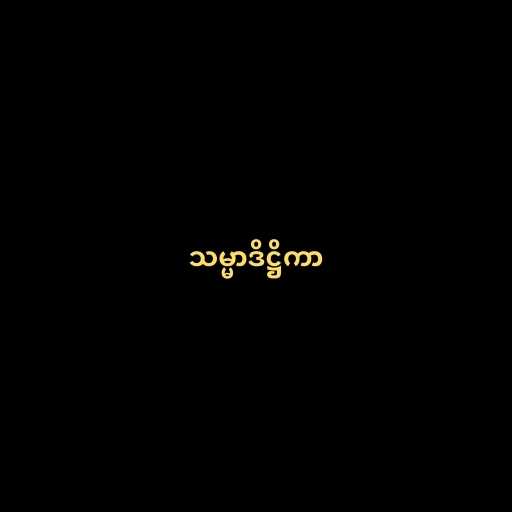
သမ္မာဒိဋ္ဌိကာ